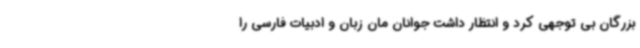
بزرگان بی توجهی کرد و انتظار داشت جوانان مان زبان و ادبیات فارسی را